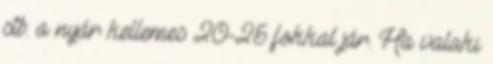
stb. a nyár kellemes 20-25 fokkal jár. Ha valaki